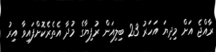
ރާއްޖެ އަށް މިދިޔަ އަހަރު 23 ބިލިއަން ރުފިޔާގެ މުދާ އެތެރެކޮށްފައިވާ އިރު